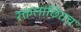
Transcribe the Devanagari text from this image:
रक्तलांछितच